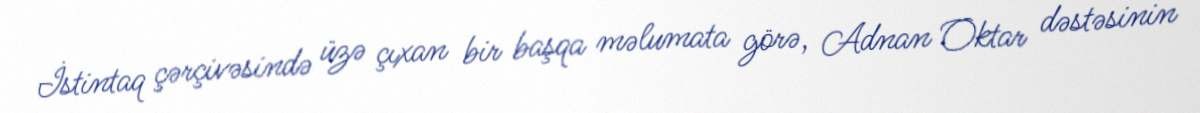
İstintaq çərçivəsində üzə çıxan bir başqa məlumata görə, Adnan Oktar dəstəsinin